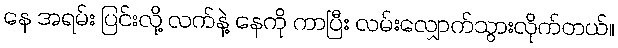
နေ အရမ်း ပြင်းလို့ လက်နဲ့ နေကို ကာပြီး လမ်းလျှောက်သွားလိုက်တယ်။